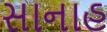
સાનાહ